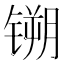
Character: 𫔈